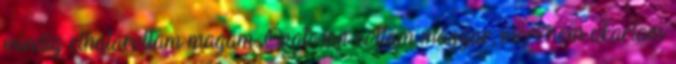
mindig elhatároltam magam. Óvatosan voltam magyar, mert nem akartam